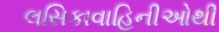
લસિકાવાહિનીઓથી